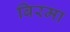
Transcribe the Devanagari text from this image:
बिरमा